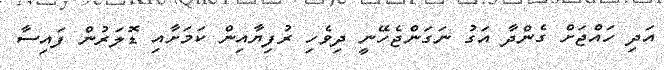
އަދި ހައްޖަށް ގެންދާ އަގު ނަގަންޖެހޭނީ ދިވެހި ރުފިޔާއިން ކަމަށާއި ޑޮލަރުން ފައިސާ